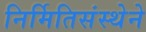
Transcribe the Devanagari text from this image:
निर्मितिसंस्थेने